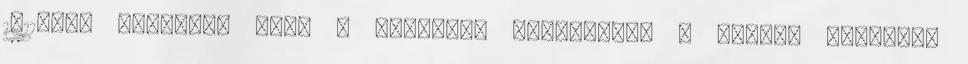
1811-ben elkezdte írni a regényt, kinevezték a walesi herceget